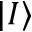
| I \rangle